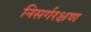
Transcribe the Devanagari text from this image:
निसर्गरक्षण